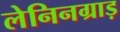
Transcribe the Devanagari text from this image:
लेनिनग्राड़